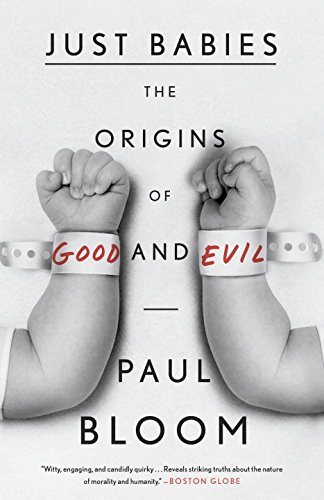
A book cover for Just Babies: The Origins of Good and Evil; Paul Bloom; Medical Books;